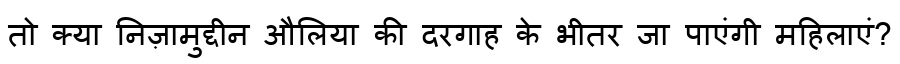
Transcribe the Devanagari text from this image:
तो क्या निज़ामुद्दीन औलिया की दरगाह के भीतर जा पाएंगी महिलाएं?